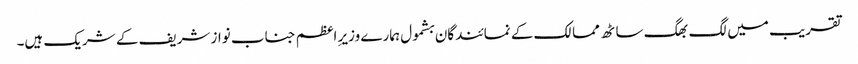
تقریب میں لگ بھگ ساٹھ ممالک کے نمائندگان بشمول ہمارے وزیرِ اعظم جناب نواز شریف کے شریک ہیں۔